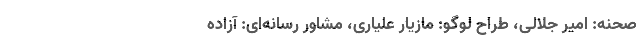
صحنه: امیر جلالی، طراح لوگو: مازیار علیاری، مشاور رسانه‌ای: آزاده